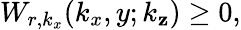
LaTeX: W_{r,k_{x}}(k_{x},y;k_{\mathbf{z}})\geq0,